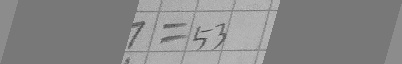
? = 5 3